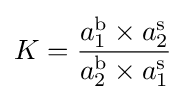
K={\frac {a_{1}^{\text{b}}\times a_{2}^{\text{s}}}{a_{2}^{\text{b}}\times a_{1}^{\text{s}}}}